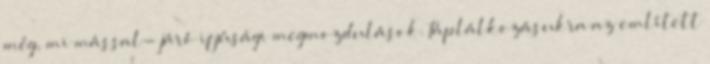
még, mi mással- járó ifjúsági megmozdulások. Táplálkozásukra az említett